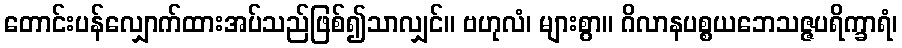
တောင်းပန်လျှောက်ထားအပ်သည်ဖြစ်၍သာလျှင်။ ဗဟုလံ၊ များစွာ။ ဂိလာနပစ္စယဘေသဇ္ဇပရိက္ခာရံ၊